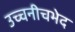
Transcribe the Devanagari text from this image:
उच्चनीचभेद